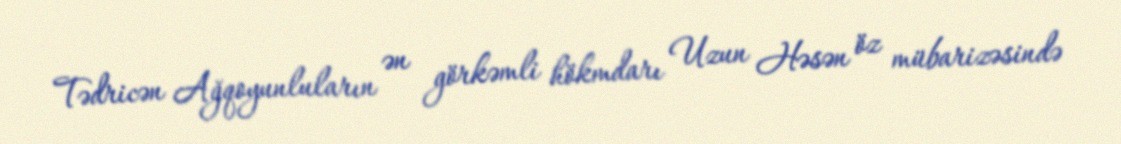
Tədricən Ağqoyunluların ən görkəmli hökmdarı Uzun Həsən öz mübarizəsində